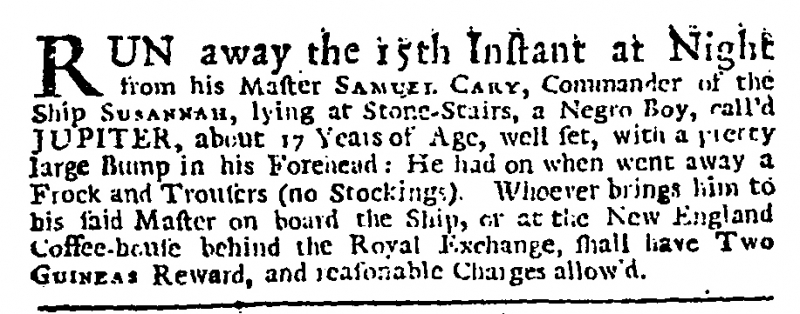
Daily Journal, 18 August 1733 (England)
RUN away the 15th Instant at Night from his Master SAMUEL CARY, Commander of the Ship SUSANNAH, lying at Stone-Stairs, a Negro Boy, call’d JUPITER, about 17 Years of Age, well set, with a very pretty large Bump in his Forehead: He had on when went away a Frock and Trousers (no Stockings). Whoever brings him to his said Master on board the Ship, or at the New England Coffee-house behind the Royal Exchange, shall have TWO GUINEAS Reward, and reasonable Charges allow’d.